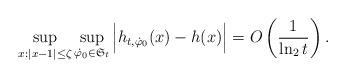
LaTeX: \begin{align*}\sup_{x:|x-1| \le \zeta} \sup_{\dot{\varphi}_0 \in \mathfrak{S}_t} \Big| h_{t,\dot{\varphi}_0}(x) - h(x) \Big| = O \left( \frac{1}{\ln_2 t} \right).\end{align*}